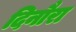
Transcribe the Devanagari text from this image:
दिनौरा